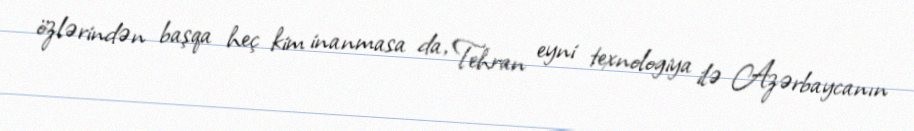
özlərindən başqa heç kim inanmasa da, Tehran eyni texnologiya ilə Azərbaycanın